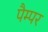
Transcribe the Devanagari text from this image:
पैम्पर